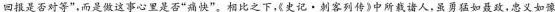
回报是否对等”，而是做这事心工还否快”。相比之下，《史记·刺客列传》中所语人，虽勇猛如聂政，忠义如豫